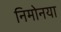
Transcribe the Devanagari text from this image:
निमोनया